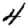
Digit: 4